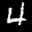
Label: 4